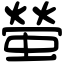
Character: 螢